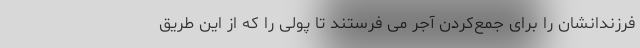
فرزندانشان را برای جمع‌کردن آجر می فرستند تا پولی را که از این طریق